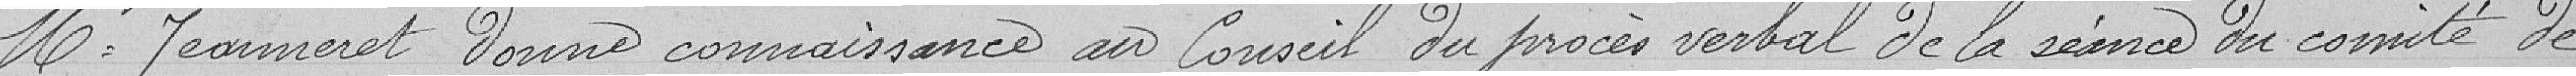
Mr Jeanneret donne connaissance au Conseil du procès verbal de la séance du comité de